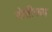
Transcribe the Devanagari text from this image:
गोष्टीरूप